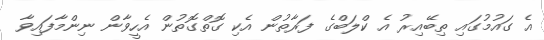
އެ ގައުމުގައި ތިބޭއިރު އެ ކްލަބްގެ ފަރާތުން އެކި ގޮތްގޮތުން އެހީވާން ނިންމާފައިވާ